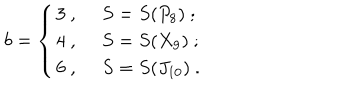
b = \left\{ \begin{array} { l l } { { 3 \ , \ } } & { { S = S ( P _ { 8 } ) \ ; } } \\ { { 4 \ , \ } } & { { S = S ( X _ { 9 } ) \ ; } } \\ { { 6 \ , \ } } & { { S = S ( J _ { 1 0 } ) \ . } } \\ \end{array} \right.